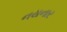
નયનાર